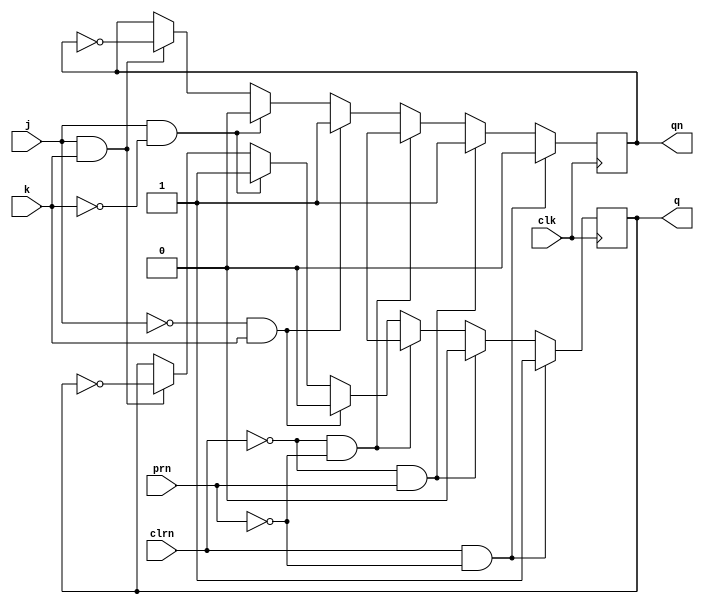
module bjkff(prn, j, k, clk, clrn, q, qn);
	input prn, j, k, clk, clrn;
	output reg q, qn;

always @(posedge clk)
begin
	if(clrn == 1 & prn == 0)
	begin
		q <= 1;
		qn <= 0;
	end
	else if(clrn == 0 & prn == 1)
	begin
		q <= 0;
		qn <= 1;
	end
	else if (clrn == 0 & prn == 0)
	begin
		q <= 1'bX;
		qn <= 1'bX;
	end
	else
	begin
		if(j == 0 & k == 1)
		begin
			q <= 0;
			qn <= 1;		
		end
		else if(j == 1 & k == 0)
		begin
			q <= 1;
			qn <= 0;
		end
		else if(j == 1 & k == 1)
		begin
			q <= ~q;
			qn <= ~qn;
		end

	end
end


endmodule